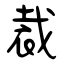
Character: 裁